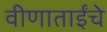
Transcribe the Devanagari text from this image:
वीणाताईंचे